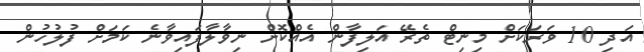
އަދި 10 ވަރަކަށް މިނިޓް ތެރޭ އަލިފާން އެއްކޮށް ނިވާލާފައިވާނެ ކަމަށް ފުލުހުން